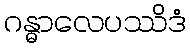
ဂန္ဓာလေပဿိဒံ